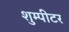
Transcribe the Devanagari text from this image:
शुम्पीटर